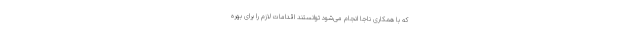
که با همکاری ناجا انجام می‌شود توانستند اقدامات لازم را برای بهره